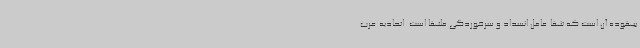
بیهوده آن است که تنها عامل انسداد و سرخوردگی ملتها است. اتحادیه عرب